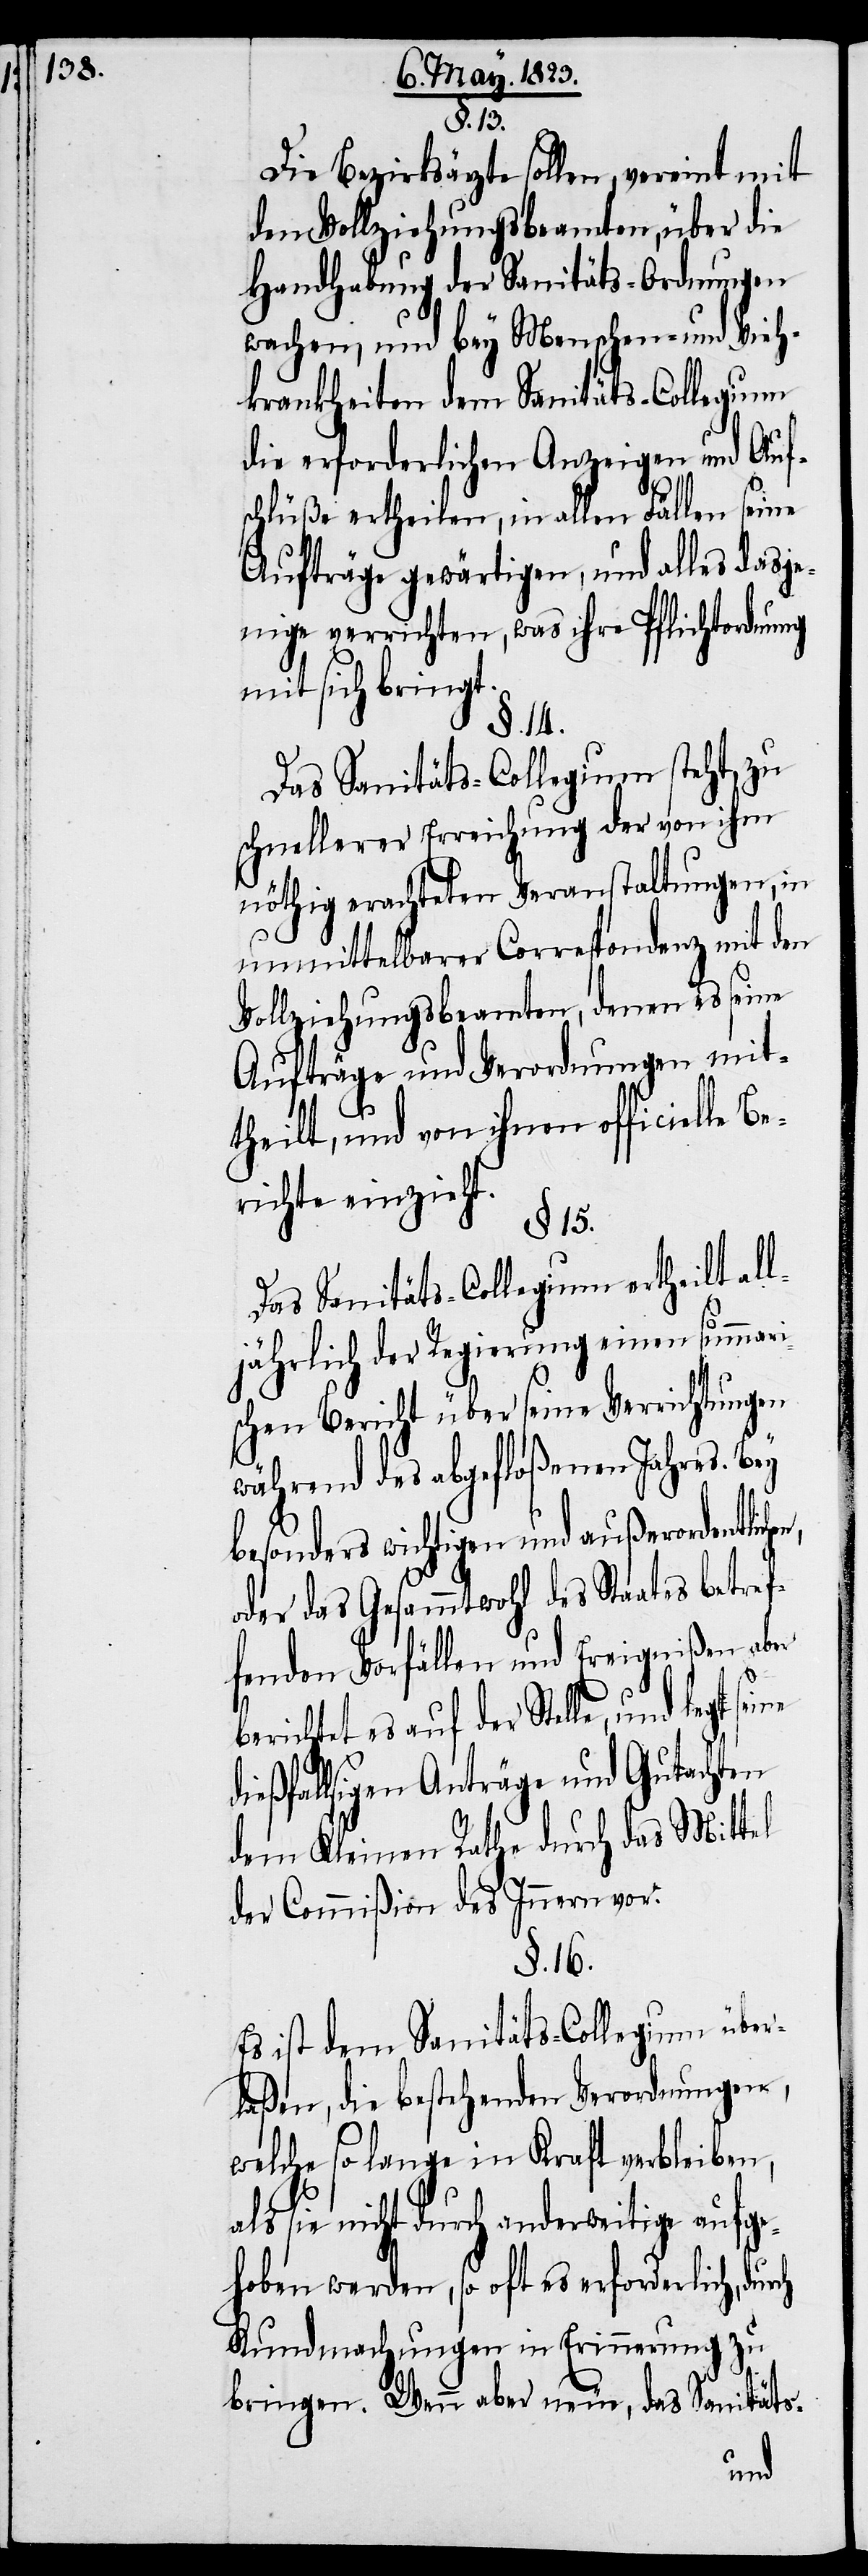
§. 13.
Die Bezirksärzte sollen, vereint mit
den Vollziehungsbeamten, über die
Handhabung der Sanitäts-Ordnungen
wachen, und bey Menschen- und Vieh¬
krankheiten dem Sanitäts-Collegium
die erforderlichen Anzeigen und Auf¬
schlüße ertheilen, in allen Fällen seine
Aufträge gewärtigen, und alles dasje¬
nige verrichten, was ihre Pflichtordnung
mit sich bringt.
§. 14.
Das Sanitäts-Collegium steht, zu
schnellerer Erreichung der von ihm
nöthig erachteten Veranstaltungen, in
unmittelbarer Correspondenz mit den
Vollziehungsbeamten, denen es seine
Aufträge und Verordnungen mit¬
ch
theilt, und von ihnen officielle Be¬
richte einzieht.
§. 15.
Das Sanitäts-Collegium ertheilt all¬
jährlich der Regierung einen summari¬
schen Bericht über seine Verrichtungen
während des abgefloßenen Jahres. Bey
besonders wichtigen und außerordentlic¬
oder das Gesammtwohl des Staates betref¬
fenden Vorfällen und Ereignißen aber
berichtet es auf der Stelle, und legt seine
ießfallsigen Anträge und Gutachten
dem Kleinen Rathe durch das Mittel
der Commißion des Innern vor.
§. 16.
Es ist dem Sanitäts-Collegium über¬
laßen, die bestehenden Verordnungen,
welche so lange in Kraft verbleiben,
als sie nicht durch anderweitige aufge¬
hoben werden, so oft es erforderlich, dur¬
Kundmachungen in Erinnerung zu
bringen. Wenn aber neue, das Sanitäts-
hen,